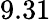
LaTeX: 9.31